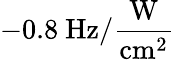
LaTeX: -0.8~\mathrm{Hz/\frac{W}{cm^{2}}}